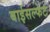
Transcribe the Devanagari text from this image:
बाईसल्फेट